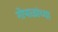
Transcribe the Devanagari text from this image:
गोपाळांच्या